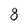
Character: 8